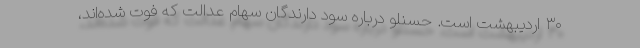
۳۰ اردیبهشت است. حسنلو درباره سود دارندگان سهام عدالت که فوت شده‌اند،